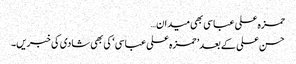
حمزہ علی عباسی بھی میدان…
حسن علی کے بعد ’ حمزہ علی عباسی ‘ کی بھی شادی کی خبریں۔